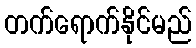
တက်ရောက်နိုင်မည်